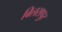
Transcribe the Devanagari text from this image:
बिलसपुर